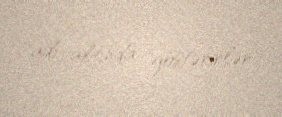
adı altında göstərirlər.